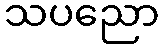
သပညော